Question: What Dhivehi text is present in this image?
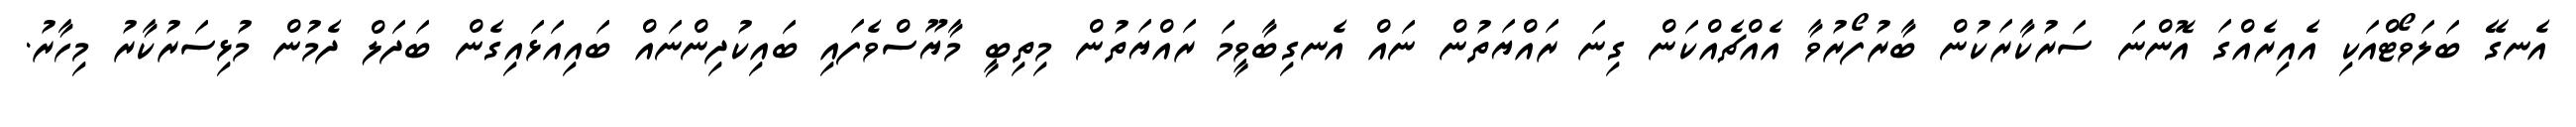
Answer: އެނގޭ ބަލަވޯޓްއަކި އެއިރެއްގަ އޮންނަ ސަރުކާރަކުން ބާރުފޯރުވާ އެއްޗެއްކަން ގިނަ ރައްޔަތުން ނައް އެނގިބާވީމަ ރައްޔަތުން މިތިބީ މާޔޫސްވެފައި ބައިކުދިންނައް ބައިއަޅައިގެން ބަދަލް ދެމުން މުޅިސަރުކާރު މިހާރު.